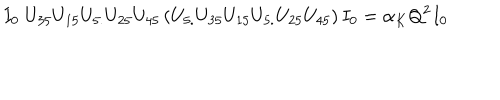
I _ { 0 } \; U _ { 3 5 } U _ { 1 5 } U _ { 5 . } U _ { 2 5 } U _ { 4 5 } \left( U _ { 5 . } U _ { 3 5 } U _ { 1 5 } U _ { 5 . } U _ { 2 5 } U _ { 4 5 } \right) I _ { 0 } = \alpha _ { K } Q ^ { 2 } I _ { 0 }